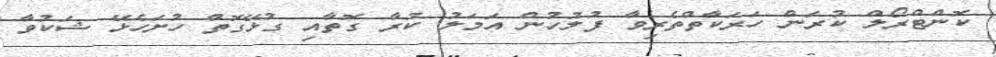
ކޮންޓްރޯލް ކުރަން ހަރަކާތްތެރިވާ ފުލުހުން އަމަލު ކުރާ ގޮތާއި ގުޅޭގޮތުް ހުށަހެޅޭ ޝަކުވާ